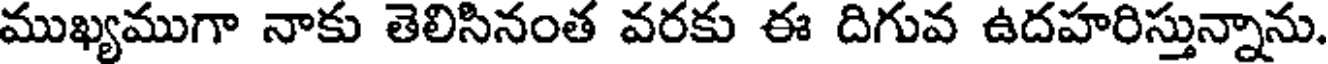
ముఖ్యముగా నాకు తెలిసినంత వరకు ఈ దిగువ ఉదహరిస్తున్నాను.